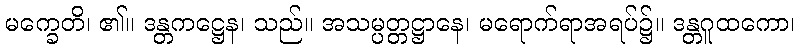
မက္ခေတိ၊ ၏။ ဒန္တကဋ္ဌေန၊ သည်။ အသမ္ပတ္တဋ္ဌာနေ၊ မရောက်ရာအရပ်၌။ ဒန္တဂူထကော၊